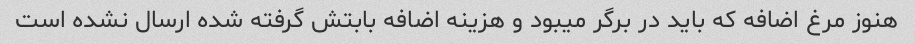
هنوز مرغ اضافه که باید در برگر میبود و هزینه اضافه بابتش گرفته شده ارسال نشده است